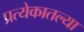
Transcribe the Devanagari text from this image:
प्रत्येकातल्या